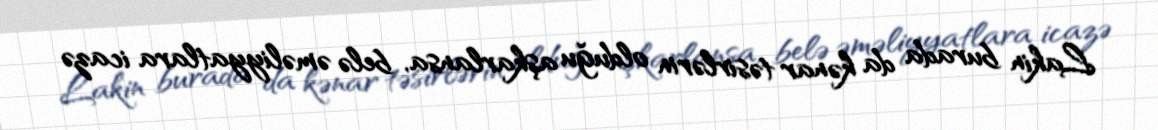
Lakin burada da kənar təsirlərin olduğu aşkarlansa, belə əməliyyatlara icazə